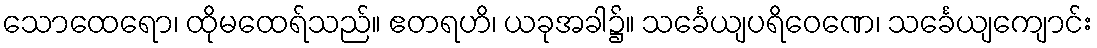
သောထေရော၊ ထိုမထေရ်သည်။ ဧတရဟိ၊ ယခုအခါ၌။ သင်္ခေယျပရိဝေဏေ၊ သင်္ခေယျကျောင်း